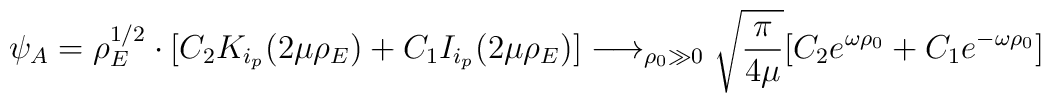
\psi_A = \rho^{1/2}_E \cdot [ C_2 K_{i_p}(2 \mu \rho_E) + C_1 I_{i_p}(2\mu\rho_E)] \longrightarrow_{\rho_0 \gg 0} \sqrt{ \frac{\pi}{4\mu} }[C_2 e^{\omega\rho_0} + C_1 e^{- \omega\rho_0}]